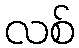
လစ်